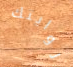
روايتك